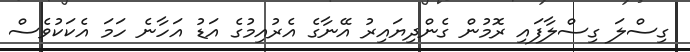
ގިސްލަ ގިސްލާފައި ރޮމުން ގެންދިޔައިރު އޭނާގެ އެރުއިމުގެ އަޑު އަހާނެ ހަމަ އެކަކުވެސް